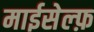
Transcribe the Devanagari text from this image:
माईसेल्फ़